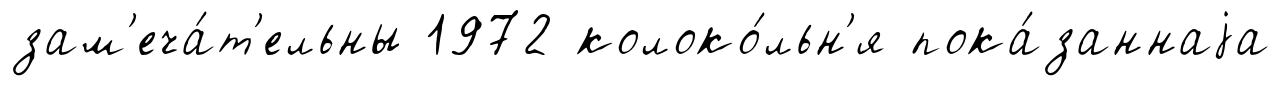
зам'еча́т'ельны 1972 колоко́льн'я пока́заннаjа